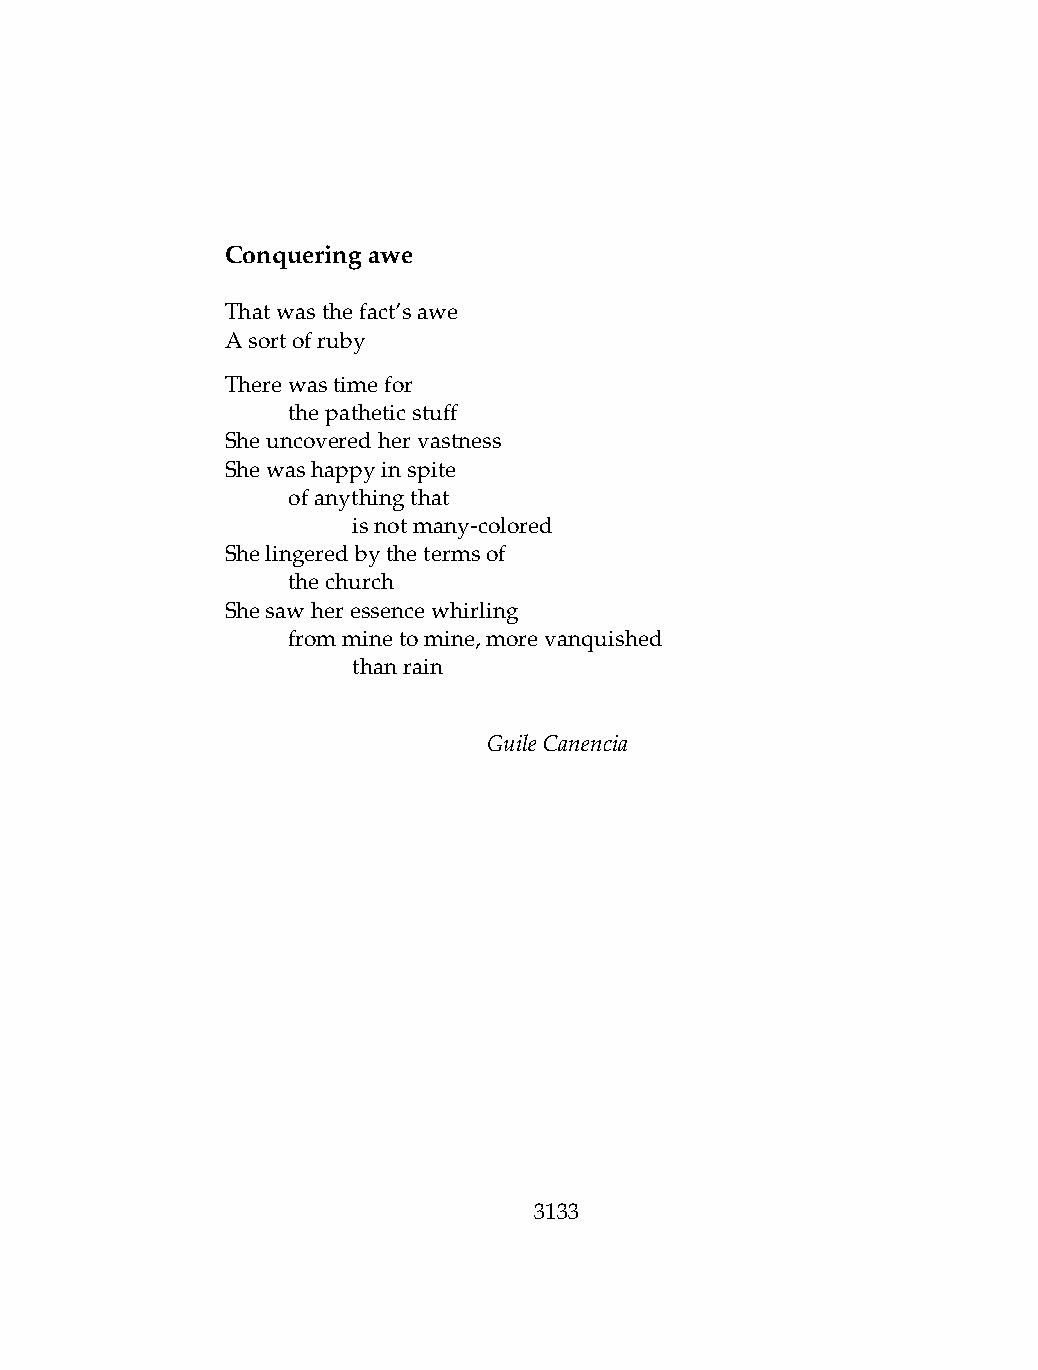
Conqueringawe
 Thatwasthefact’sawe
 Asortofruby
 Therewastimefor
 .   thepatheticstuff
 Sheuncoveredhervastness
 Shewashappyinspite
 .   ofanythingthat
 .   .   isnotmany-colored
 Shelingeredbythetermsof
 .   thechurch
 Shesawheressencewhirling
 .   fromminetomine,morevanquished
 .   .   thanrain
 GuileCanencia
 3133